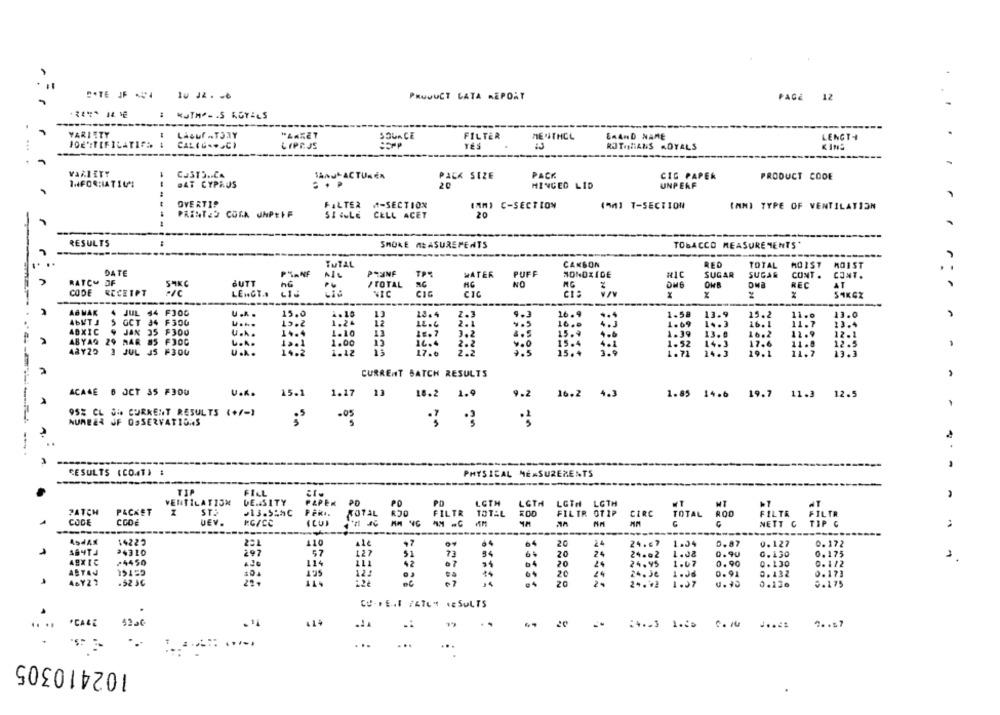
.
PRODUCT LATA REPORT
PAGE 12
: KJTHO - . S ROYALS
VARIETY
LAsur ATJAY
"LAKET
SOURCE
FILTER
ERAND NAME
LENGTH
JOE :TIFILATIFS
DE"ITHCL
...
CAL(C ... CI
LIPPJS
TÉS
RJTONIANS ADYALS
VARIETY
COSTS .. CA
SandFACTUREN
PACK SIZE
PACK
CIG PAPER
PRODUCT CODE
DAT CYPRUS
20
HINGED LID
UNPERF
OVERTIP
FILTER ₼-SECTION
(MM) C-SECTION
4501 T-SECTION
(MM) TYPE OF VENTILATION
PRINTED COSA UNPEIF
SI ALE CELL ACET
20
RESULTS
SMOKE MEASUREMENTS
TOBACCO MEASUREMENTS*
------
TUTAL
CANSON
REO
TOTAL
MOIST
MOIST
DATE
PRUNF
AIL
TPS
WATER
PUFF
MONOXIDE
RIC
SUGAR
SUGAR
CONT .
CONT.
RATCY OF
SAKC
BUTT
/TOTAL
NO
REC
AT
CODE
RECEIPT
LENGT.A
NIC
CIG
CIC
24
S4KGZ
AB MAK
JUL 44 FJOG
U.R.
15.0
4.16
13
12.4
2.3
16.9
1-58
13.9
15.2
11.0
13.0
ABMTJ
GCT 44 F300
15.2
1.24
11.7
12
ET
LE.L
2.1
1.69
1 .. 3
16.1
3.4
ABXIC
JAN 35 F300
U ...
14.4
1.10
LE. 7
15.9
1.39
13.0
ABYAQ
29 MAR 85 F3OG
1.00
13
16.4
15.4
1.52
14.3
10.2
17.6
11.9
11.8
48Y25
JUL JS F3OU
14.2
2.2
9.5
3.9
U.A.
1.12
17.0
15.+
1.71
14.3
29.1
11.7
CURRENT BATCH RESULTS
ACASE 6 OCT 35 F3OU
U.K.
15.1
1.17
18.2 1.9
9.2
16.2 4.3
1.85 14.6 19.7 11.3 12.5
95% CL Si CURRENT RESULTS (+/-)
NUMEER JF OSSERVATIONS
.05
3 3
--
. .
RESULTS (CO.AT) :
PHYSICAL MEASUREMENTS
TIP
FILL
VENTILATION
DE.ASITY
PD
PAPER
PO
PD
LCTH
LOTH
LGTH LGTH
MT
AT
PATCH
PACKET
ST.
.13.S:AC
TOTAL
RJ0
FILTR
TOTAL
FILTR OTIP
CIRC
ROD
FILTR
FILTR
CODE
CODE
UEV.
RM NC
TOTA
C
RG/CC
NETT & TIP G
-----
ASJAK
14222
221
110
11e
97
64
64
20
24
24.67
1.04
D.87
0.127
0.172
57
127
24310
297
51
73
54
20
24
24.02
1.08
0.90
0.130
0.175
+4450
114
42
20
24
24.95
1.07
0.90
0.130
0.112
ASTAJ
15155
104
195
24. Je
12:
14
1.Jd
0.91
0.132
0.173
.52 3℃
20
29
24.42
1.07
0.136
5.175
*CALE
4200
414
..
24 .. 3 1.25
7 .. 57
102410305